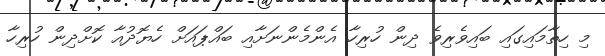
މި ހިތާމައިގައި ބައިވެރިވެ ދިން ހުރިހާ އެންމެންނަށާއި ބައްޕައަށް ހެޔޮދުއާ ކޮށްދިން ހުރިހާ